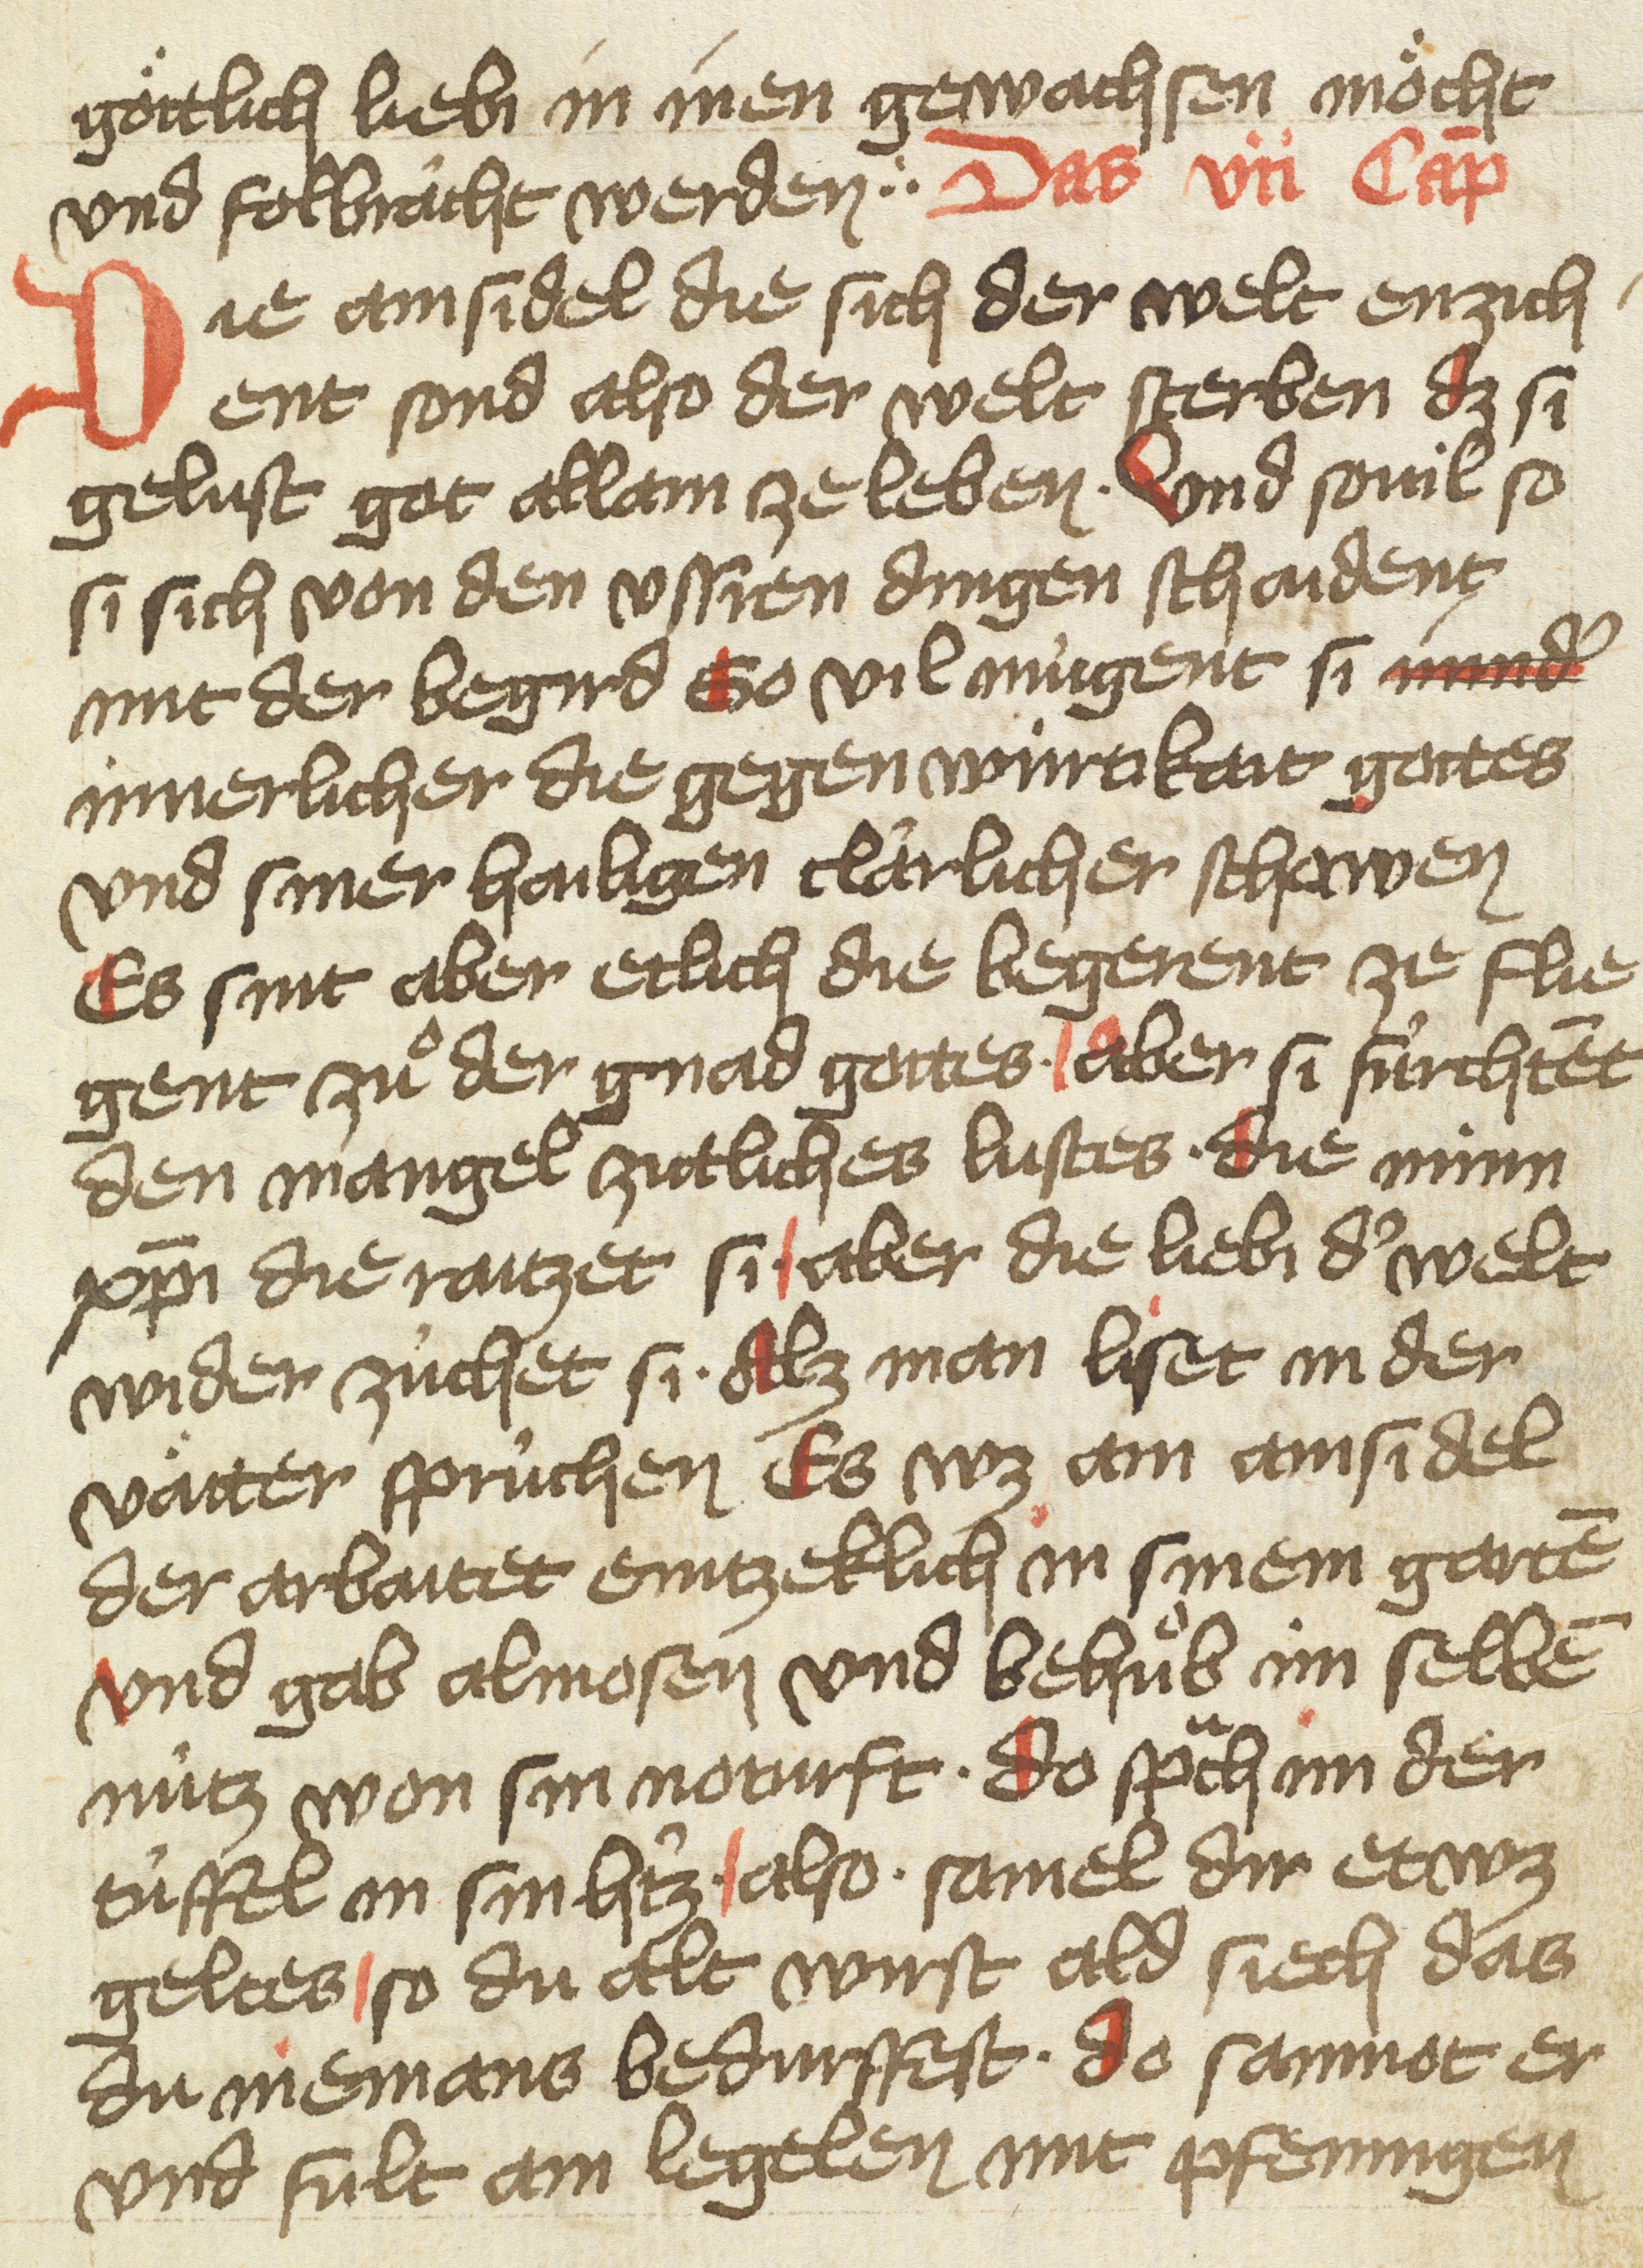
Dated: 1425–1425